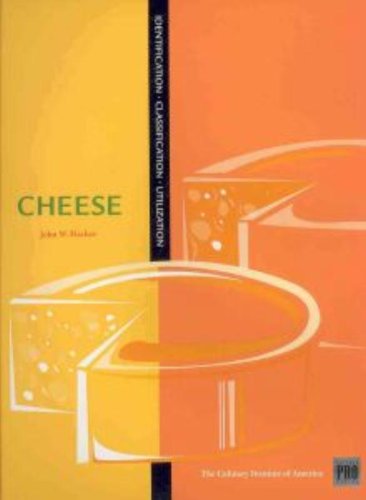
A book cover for Cheeses (Pro Kitchen Series); John W. Fischer; Cookbooks, Food & Wine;